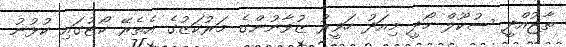
ތާޖުއްދީ ސުކޫލް ހޯދީ މިއަދު ހަވީރު ޒުވާނުންގެ މަރުކަޒުގެ އެތެރޭ ކޯޓުގައި ކުޅުނު